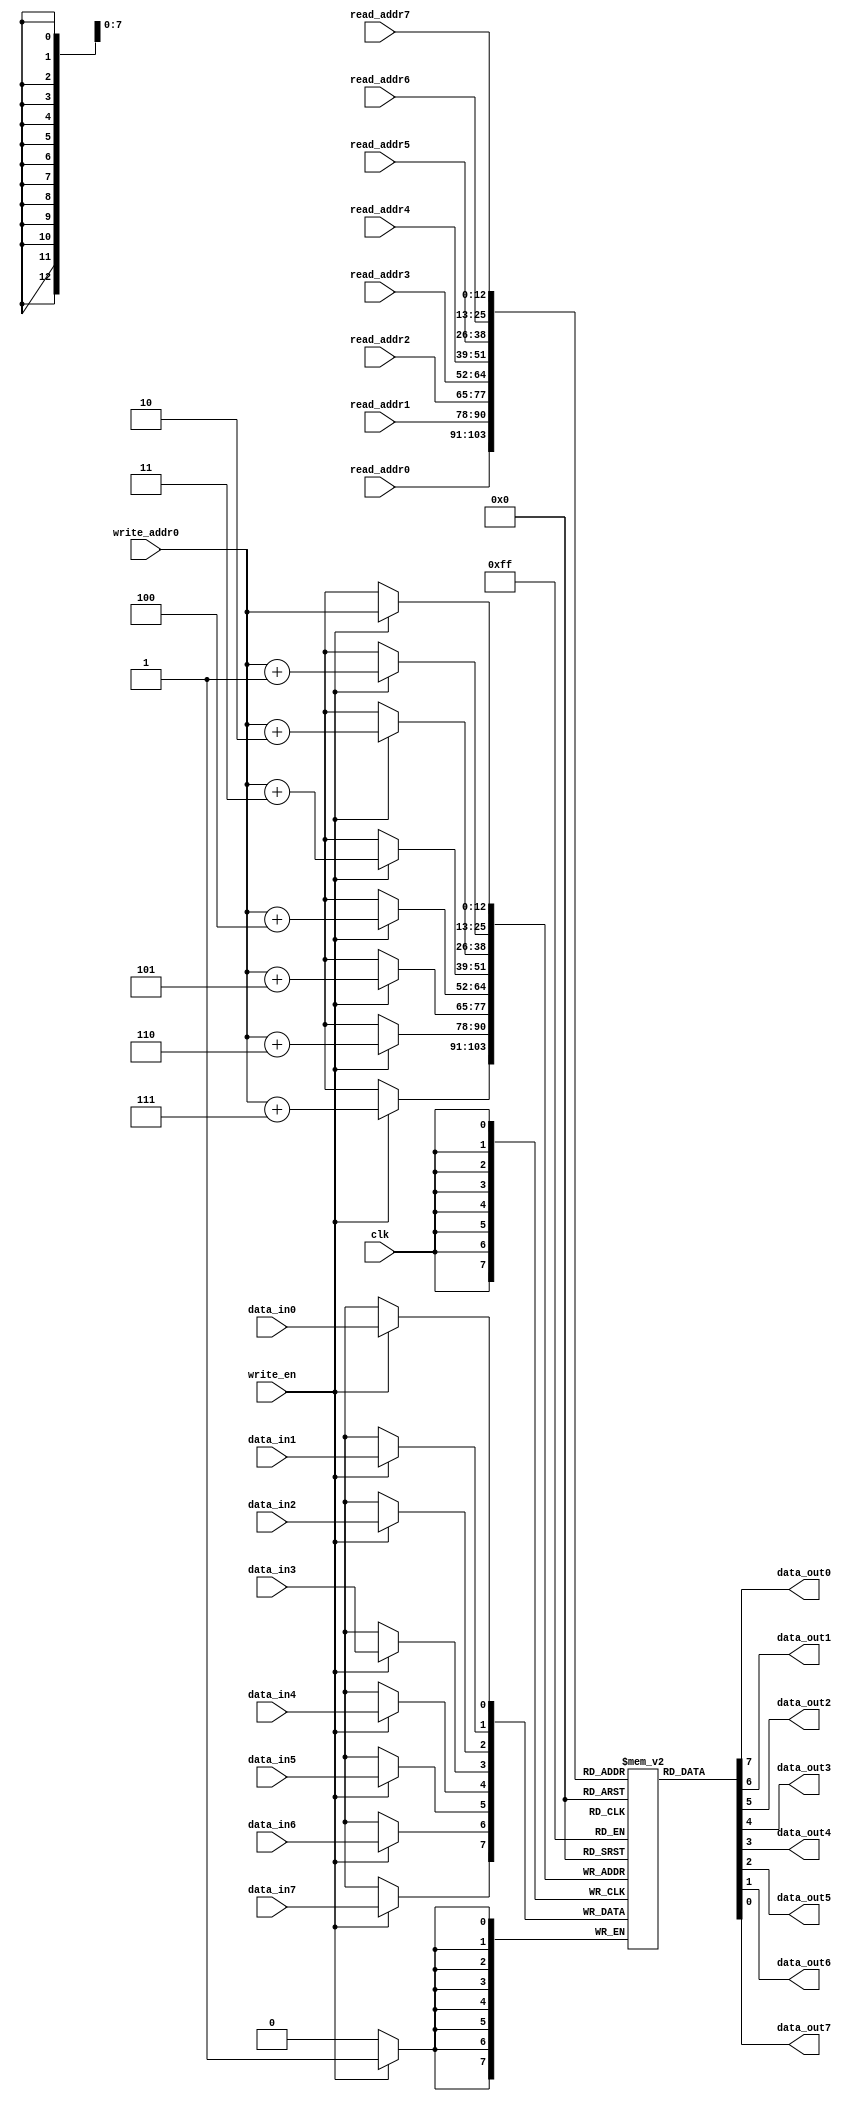
module ram8 (clk, data_in0, data_in1, data_in2, data_in3, data_in4, data_in5, data_in6, data_in7,
                  write_addr0, /*write_addr1, write_addr2, write_addr3, write_addr4, write_addr5, write_addr6, write_addr7,*/
					   write_en,//0, write_en1, write_en2, write_en3, write_en4, write_en5, write_en6, write_en7,
						// I don't think multiple write enables are needed, we can just have everything write all at once
						read_addr0, read_addr1, read_addr2, read_addr3, read_addr4, read_addr5, read_addr6, read_addr7,
						data_out0, data_out1, data_out2, data_out3, data_out4, data_out5, data_out6, data_out7);
	// No reset: to discuss.
	// Is reset even necessary? We should never be asking for data from a register that has not been written to.
	input clk;
	input data_in0, data_in1, data_in2, data_in3, data_in4, data_in5, data_in6, data_in7;
	input [12:0] write_addr0/*, write_addr1, write_addr2, write_addr3, write_addr4, write_addr5, write_addr6, write_addr7*/;
	input write_en;
	input [12:0] read_addr0, read_addr1, read_addr2, read_addr3, read_addr4, read_addr5, read_addr6, read_addr7;
	
	output data_out0, data_out1, data_out2, data_out3, data_out4, data_out5, data_out6, data_out7;

   reg memory_array [8191:0];
	
	assign data_out0 = memory_array[read_addr0];
	assign data_out1 = memory_array[read_addr1];
	assign data_out2 = memory_array[read_addr2];
	assign data_out3 = memory_array[read_addr3];
	assign data_out4 = memory_array[read_addr4];
	assign data_out5 = memory_array[read_addr5];
	assign data_out6 = memory_array[read_addr6];
	assign data_out7 = memory_array[read_addr7];
//	initial begin
//		integer i;
//				for(i = 0; i < 8192; i = i + 1)
//					begin
//						memory_array[i] = 1'b0;
//					end
//	end
   always @(posedge clk) begin
		
		if (write_en) begin
			memory_array[write_addr0] = data_in0;
			memory_array[write_addr0+3'd1] = data_in1;
			memory_array[write_addr0+3'd2] = data_in2;
			memory_array[write_addr0+3'd3] = data_in3;
			memory_array[write_addr0+3'd4] = data_in4;
			memory_array[write_addr0+3'd5] = data_in5;
			memory_array[write_addr0+3'd6] = data_in6;
			memory_array[write_addr0+3'd7] = data_in7;
		end
   end
	
	// This design is a monstrosity and should have never been built probably. I will have to answer to God for this one.
endmodule